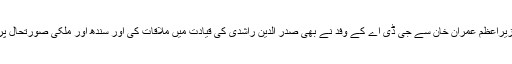
دوسری جانب وزیراعظم عمران خان سے جی ڈی اے کے وفد نے بھی صدر الدین راشدی کی قیادت میں ملاقات کی اور سندھ اور ملکی صورتحال پر تبادلہ خیال کیا۔